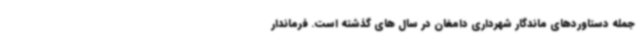
جمله دستاوردهای ماندگار شهرداری دامغان در سال های گذشته است‌. فرماندار